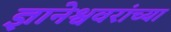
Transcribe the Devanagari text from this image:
ज्ञानेश्ववरांच्या